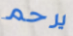
يرحم